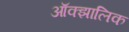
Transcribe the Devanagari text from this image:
ऑक्झालिक